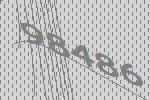
98486